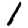
Digit: 1